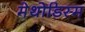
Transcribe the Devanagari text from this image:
मेथोडिस्म